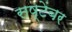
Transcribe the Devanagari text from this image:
सष्टेंबर